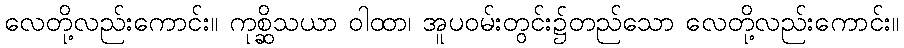
လေတို့လည်းကောင်း။ ကုစ္ဆိသယာ ဝါထာ၊ အူပဝမ်းတွင်း၌တည်သော လေတို့လည်းကောင်း။